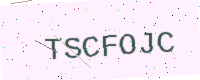
Text: TSCFOJC